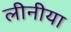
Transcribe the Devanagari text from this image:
लीनीया